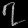
Digit: ၇